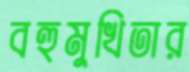
বহুমুখিতার